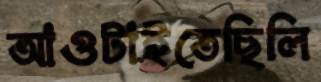
আওটাইতেছিলি